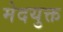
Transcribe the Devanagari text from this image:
मेदयुक्त